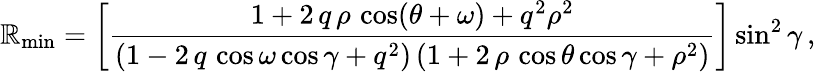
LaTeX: \mathbb{R}_{\mathrm{{min}}}=\left[\frac{{1+2\, q\, \rho\, \cos(\theta+\omega)+q^{2}\rho^{2}}}{{\left(1-2\, q\, \cos\omega\cos\gamma+q^{2}\right)\left(1+2\, \rho\, \cos\theta\cos\gamma+\rho^{2}\right)}}\right]\sin^{2}\gamma\, ,